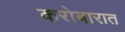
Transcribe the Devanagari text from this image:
करोबारात